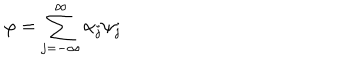
LaTeX: \varphi = \sum _ { j = - \infty } ^ { \infty } \alpha _ { j } \psi _ { j }